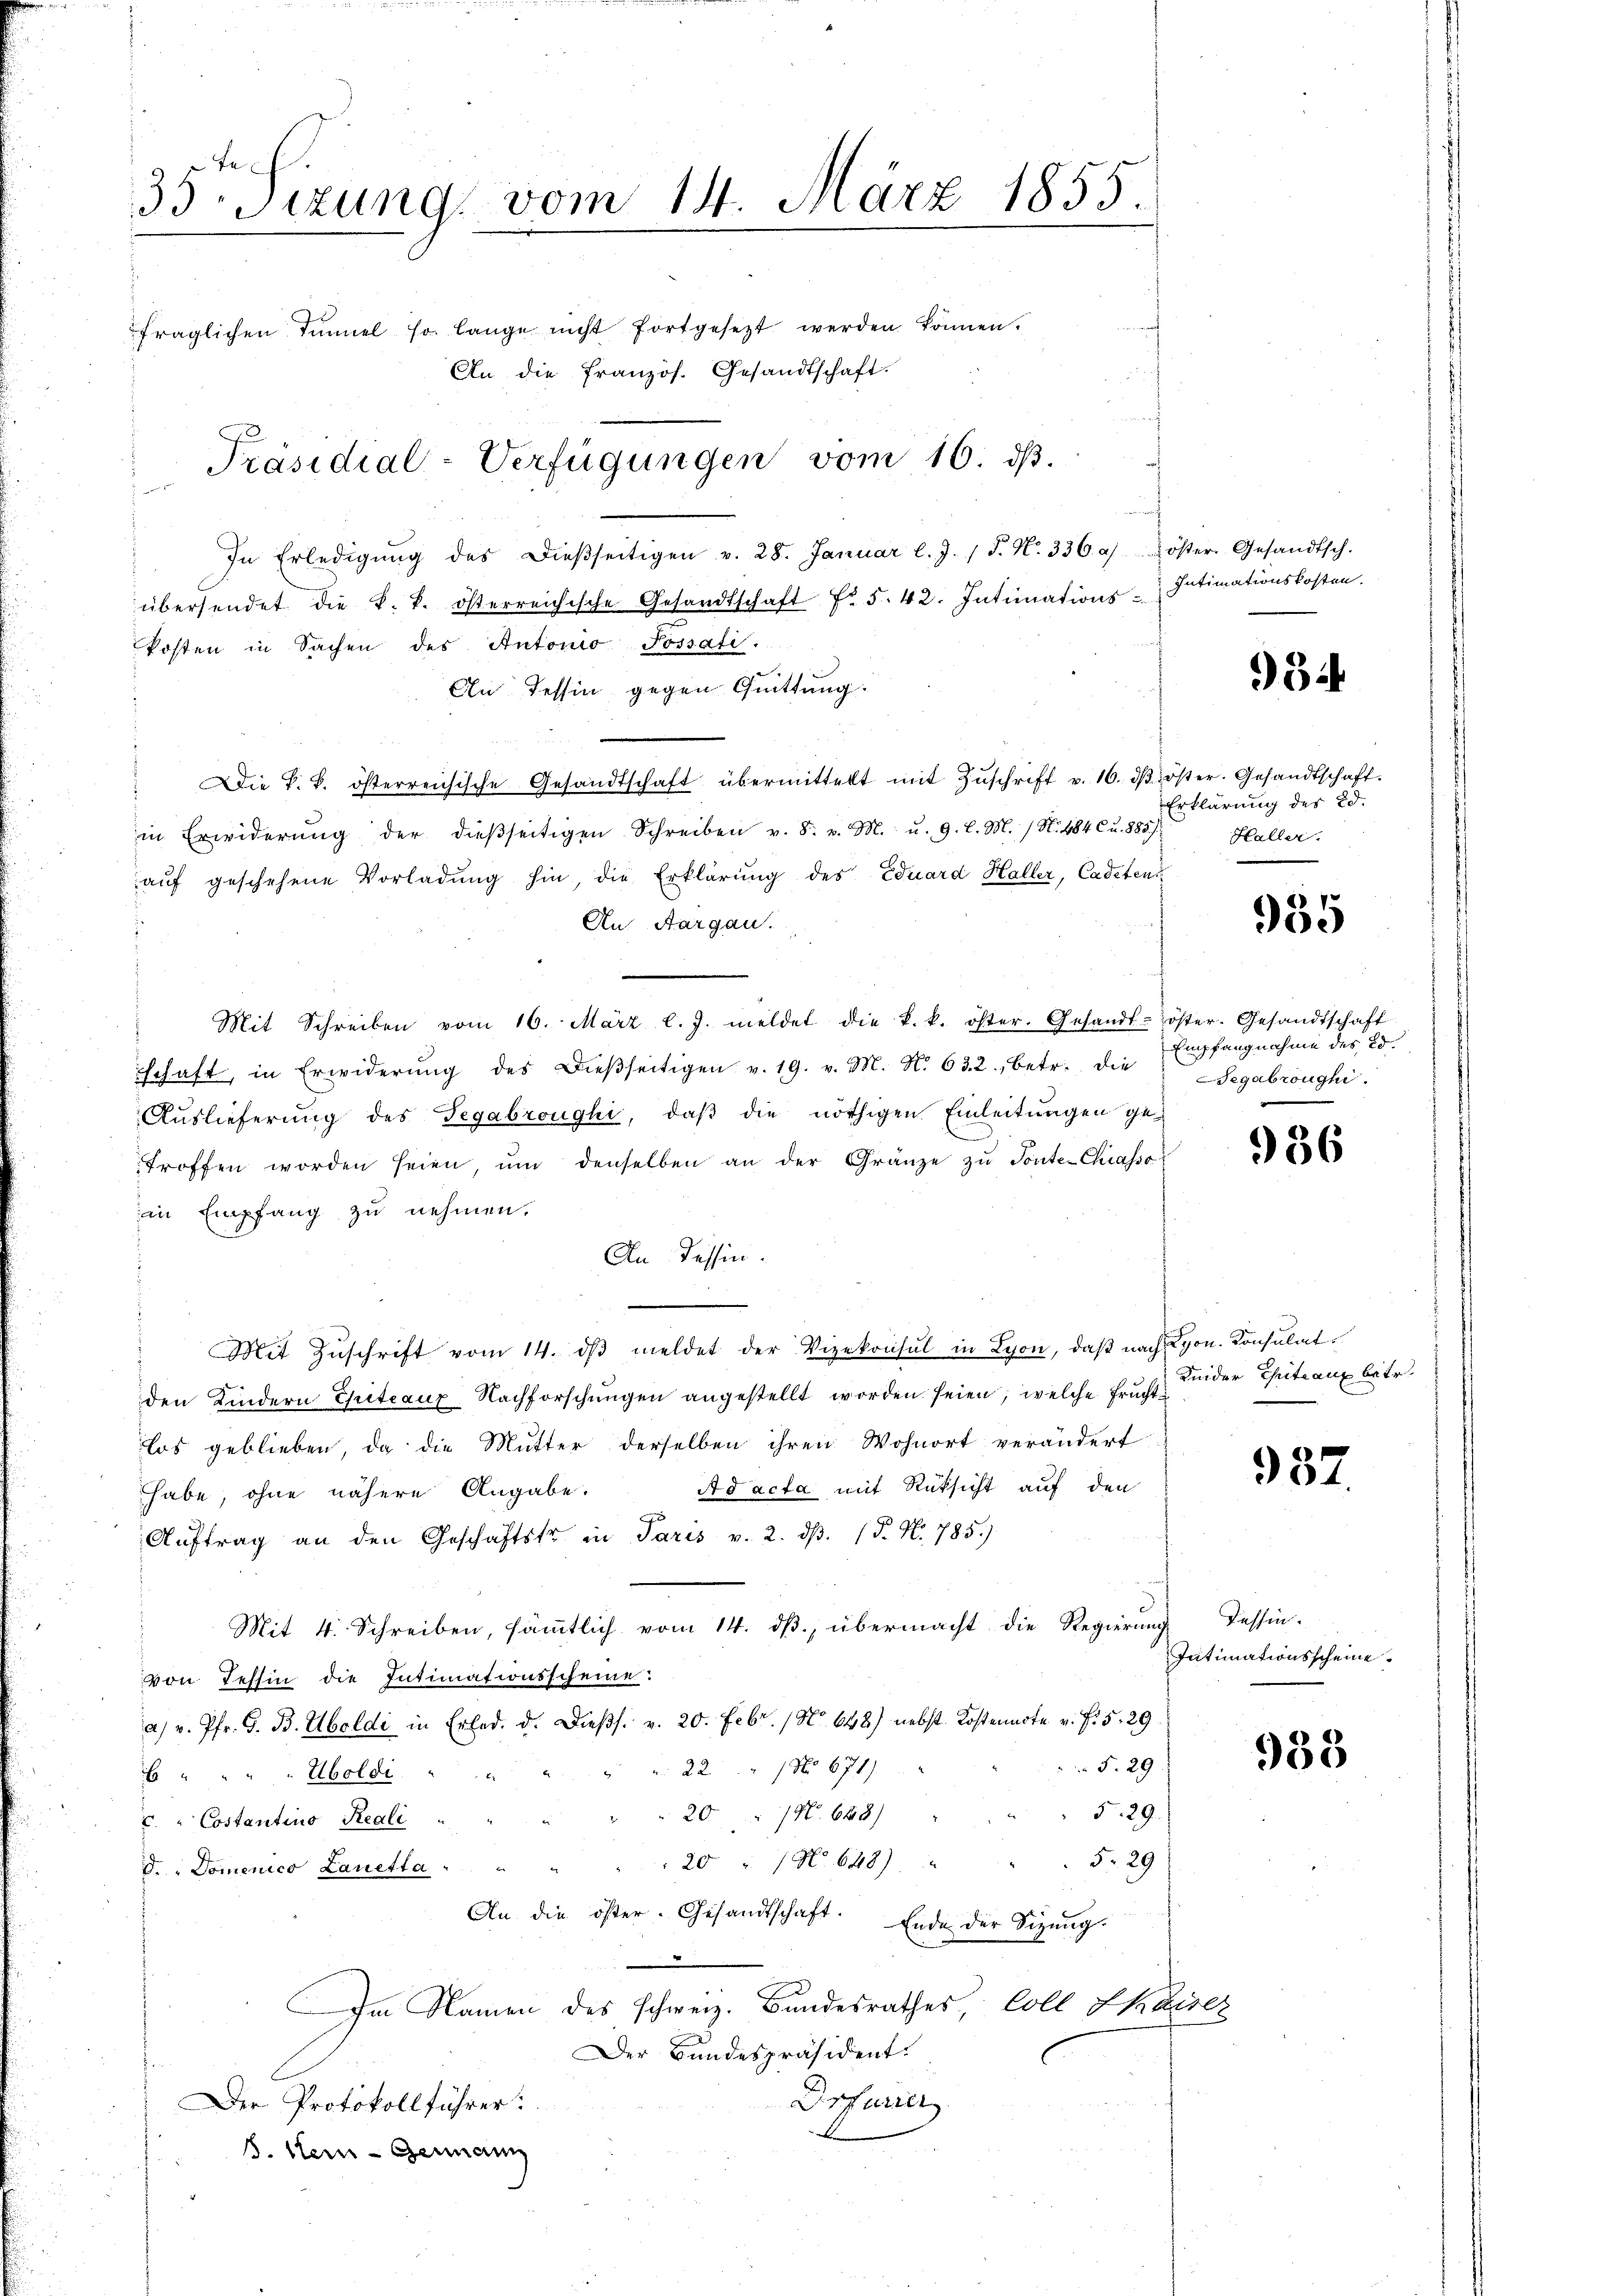
35. Sizung vom 14. März 1855.
fraglichen Sinnel so lange nicht fortgesetzt werden können.
An die französ. Gesandtschaft.
Präsidial-Verfügungen vom 16. ds.

In Erledigŭng des dieβseitigen v. 28. Januar l. J. J. N. 336 a/ öster. Gesandtsch.
übersendet die k. k. österreichische Gesandtschaft fr. 5. 42. Intimations-Intimationskosten.
kosten in Sachen des Antonio Possati.
An Tessin gegen Quittung.
ue
Die k. k. österreichische Gesandtschaft übermittelt mit Zŭschrift v. 16. dβ öster. Gesandtschaft.
s
in Erwiderŭng der dieβseitigen Schreiben v. 8. v. M. u. 9. l. M. / N. 484 Cu. 885.
auf geschehene Vorladung hin, die Erklärung des Eduard Haller, Cadeten
An Aargau.
Mit Schreiben vom 16. März l. J. meldet die k. k. öster. Gesandt-öster- Gesandtschaft
d
schaft, in Erwiderŭng des Dieβseitigen v. 19. v. M. N. 632. betr. die
Auslieferung des Segabroughi, daß die nöthigen Einleitungen getroffen worden seien, ŭm denselben an der Gränze zŭ Ponte-Chiassoin Empfang zu nehmen.
An Tessin.
" Mit Zŭschrift vom 14. dβ meldet der Vizekonsul in Lyon, daβ nach Lyon. Konsulat
den Kindern Chiteaux-Nachforschungen angestellt worden seien, welche Frucht der Gute aux betr.
los geblieben, da die Mutter derselben ihren Wohnort verändert
Ad acta mit Rüksicht auf den
habe, ohne nähere Angabe.
Auftrag an den Geschäftstr in Paris v. 2. dβ. (§. N. 785.)
Mit 4. Schreiben, sämmtlich vom 14. dß, übermacht die Regierung Tessin-
von Tessin die Intimationsscheine:
a) v. Pfr. G. B. Uboldi in Erled. d. Dießs. v. 20. Febr. / No 648) nebst Kostennote v. J. 5. 29
F. 29
221 No 671)
E " " " " Aboldi " "
Fr. 29.
201. 648)
c. " Costantino Reali
5. 29
20 " 1 No 648).
d. Domenico Lauetta
An die öster. Gesandtschaft. Ende der Sizŭng
d
Im Namen des schweiz. Bundesrathes Coll Chais
Der Bundespräsident.
Drfurrer
Der Protokollführer:
S. Mein - Genann

95 i

Erklärung des 20.
Haller.

955

Empfangnahme des Ed.
egabroughi.

936

937.

Intimationsscheine

938